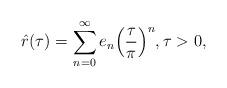
LaTeX: \begin{align*} \hat{r}(\tau) = \sum_{n = 0}^\infty e_n \Big ( {\tau \over \pi} \Big )^n , \tau > 0, \end{align*}